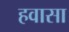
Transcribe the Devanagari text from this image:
हवासा